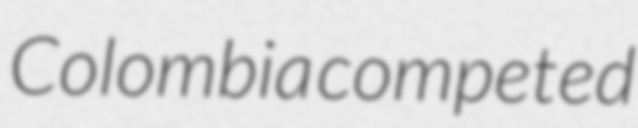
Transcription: Colombia competed